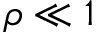
\rho \ll 1